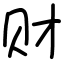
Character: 财